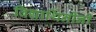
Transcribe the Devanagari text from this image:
विद्यार्थिनींनी